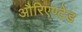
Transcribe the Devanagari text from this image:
औरिएण्टेड